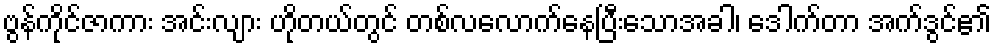
ဗွန်ကိုင်ဇာကား အင်းလျား ဟိုတယ်တွင် တစ်လလောက်နေပြီးသောအခါ၊ ဒေါက်တာ အက်ဒွင်၏